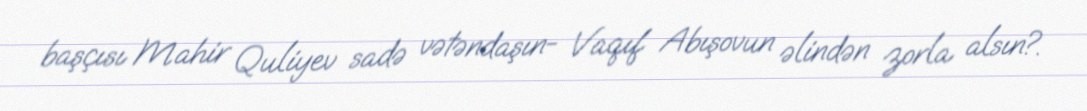
başçısı Mahir Quliyev sadə vətəndaşın- Vaqıf Abışovun əlindən zorla alsın?.